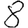
Digit: 8